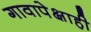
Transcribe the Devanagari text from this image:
गावापेक्षाही